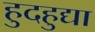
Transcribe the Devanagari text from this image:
हुदहुद्या